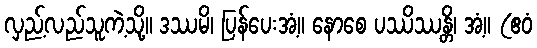
လှည့်လည်သူကဲ့သို့။ ဒဿမိ၊ ပြန်ပေးအံ့။ နောစေ ပဿိဿန္တိ၊ အံ့။ (ဧဝံ